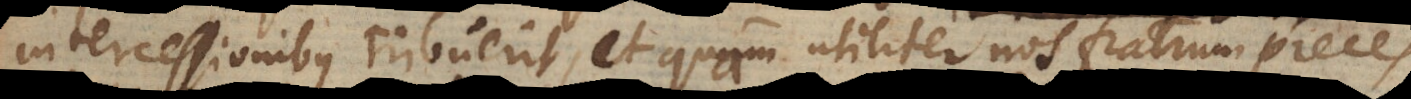
intercessionibus tribuerit, et quam utiliter et reverenter